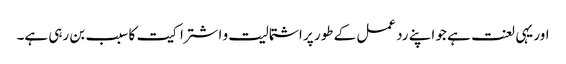
اور یہی لعنت ہے جو اپنے رد عمل کے طور پر اشتمالیت و اشتراکیت کا سبب بن رہی ہے۔